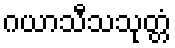
ဂယာသီသသုတ္တံ